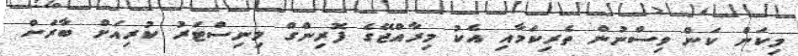
މިކަން ކަން ވިސްނުން ތެރިކަމާއި އެކު މިރާއްޖޭގެ ފޮރިންގް މިނިސްޓަރު ކުރިއަށް ބާރަށް